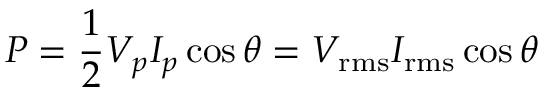
P = { \frac { 1 } { 2 } } V _ { p } I _ { p } \cos \theta = V _ { \mathrm { { r m s } } } I _ { \mathrm { { r m s } } } \cos \theta